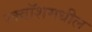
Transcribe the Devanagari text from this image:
स्क्वॉशमधील